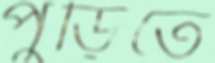
পুড়িতে